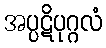
အပ္ပဋိပုဂ္ဂလံ